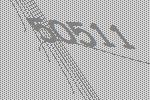
50511